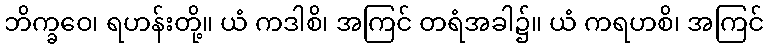
ဘိက္ခဝေ၊ ရဟန်းတို့။ ယံ ကဒါစိ၊ အကြင် တရံအခါ၌။ ယံ ကရဟစိ၊ အကြင်